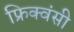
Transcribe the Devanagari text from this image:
फ्रिक्वंसी